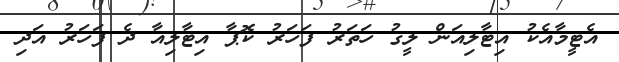
އެޓީމާއެކު އިޓާލިއަން ލީގު ހަތަރު ފަހަރު ކޮޕާ އިޓާލިއާ ދެ ފަހަރު އަދި